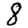
Digit: 8